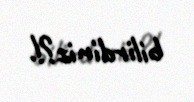
bilirdiniz?!.